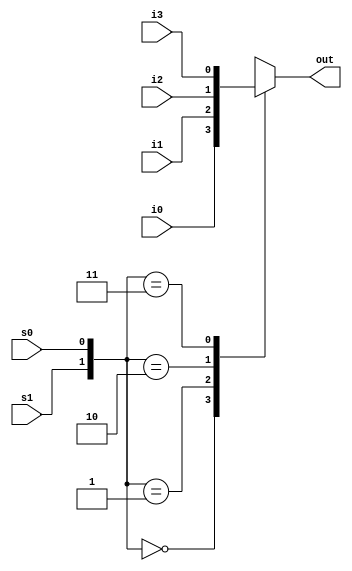
module mux4_to_1(
    input i0, i1, i2, i3,
    input s1, s0,
    output reg out
);
    always @(s1 or s0 or i0 or i1 or i2 or i3)begin
        case ({s1,s0})
        2'b00 : out = i0;
        2'b01 : out = i1;
        2'b10 : out = i2;
        2'b11 : out = i3;
        default : out = 1'bx;
        endcase
    end
endmodule